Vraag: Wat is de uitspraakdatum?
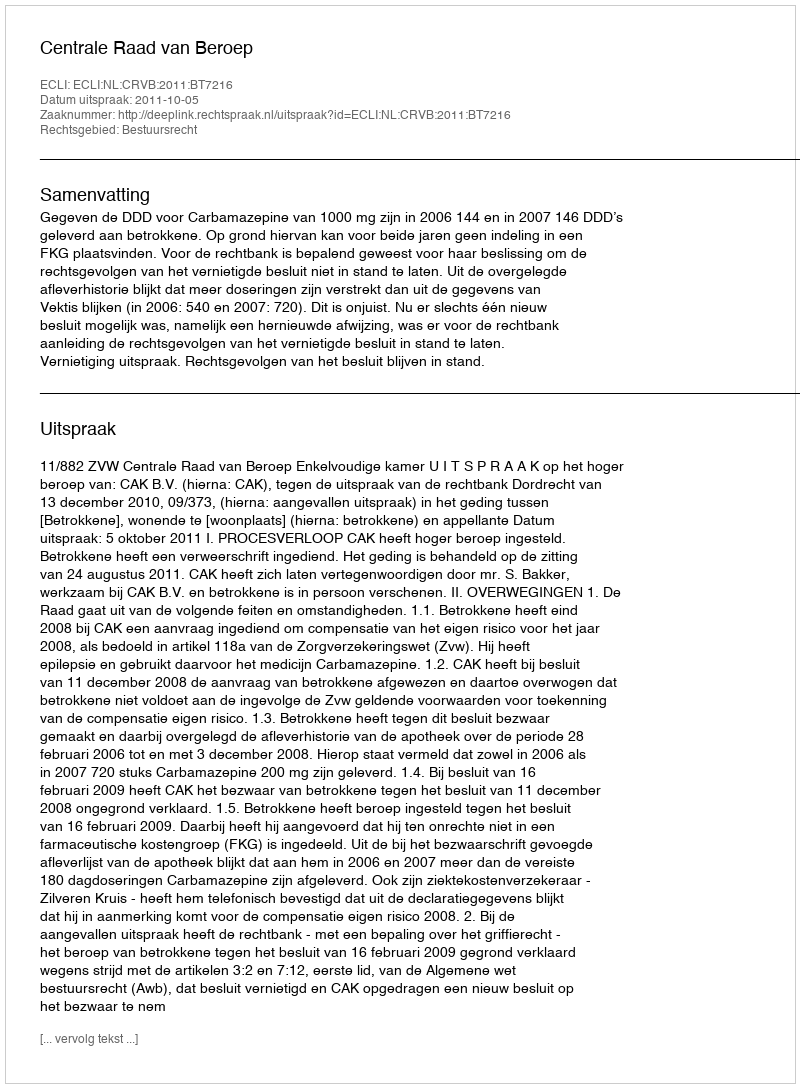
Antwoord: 2011-10-05